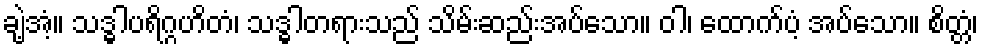
ချဲ့အံ့။ သဒ္ဓါပရိဂ္ဂဟိတံ၊ သဒ္ဓါတရားသည် သိမ်းဆည်းအပ်သော။ ဝါ၊ ထောက်ပံ့ အပ်သော။ စိတ္တံ၊